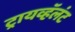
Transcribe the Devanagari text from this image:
ट्रायव्हॅलंट